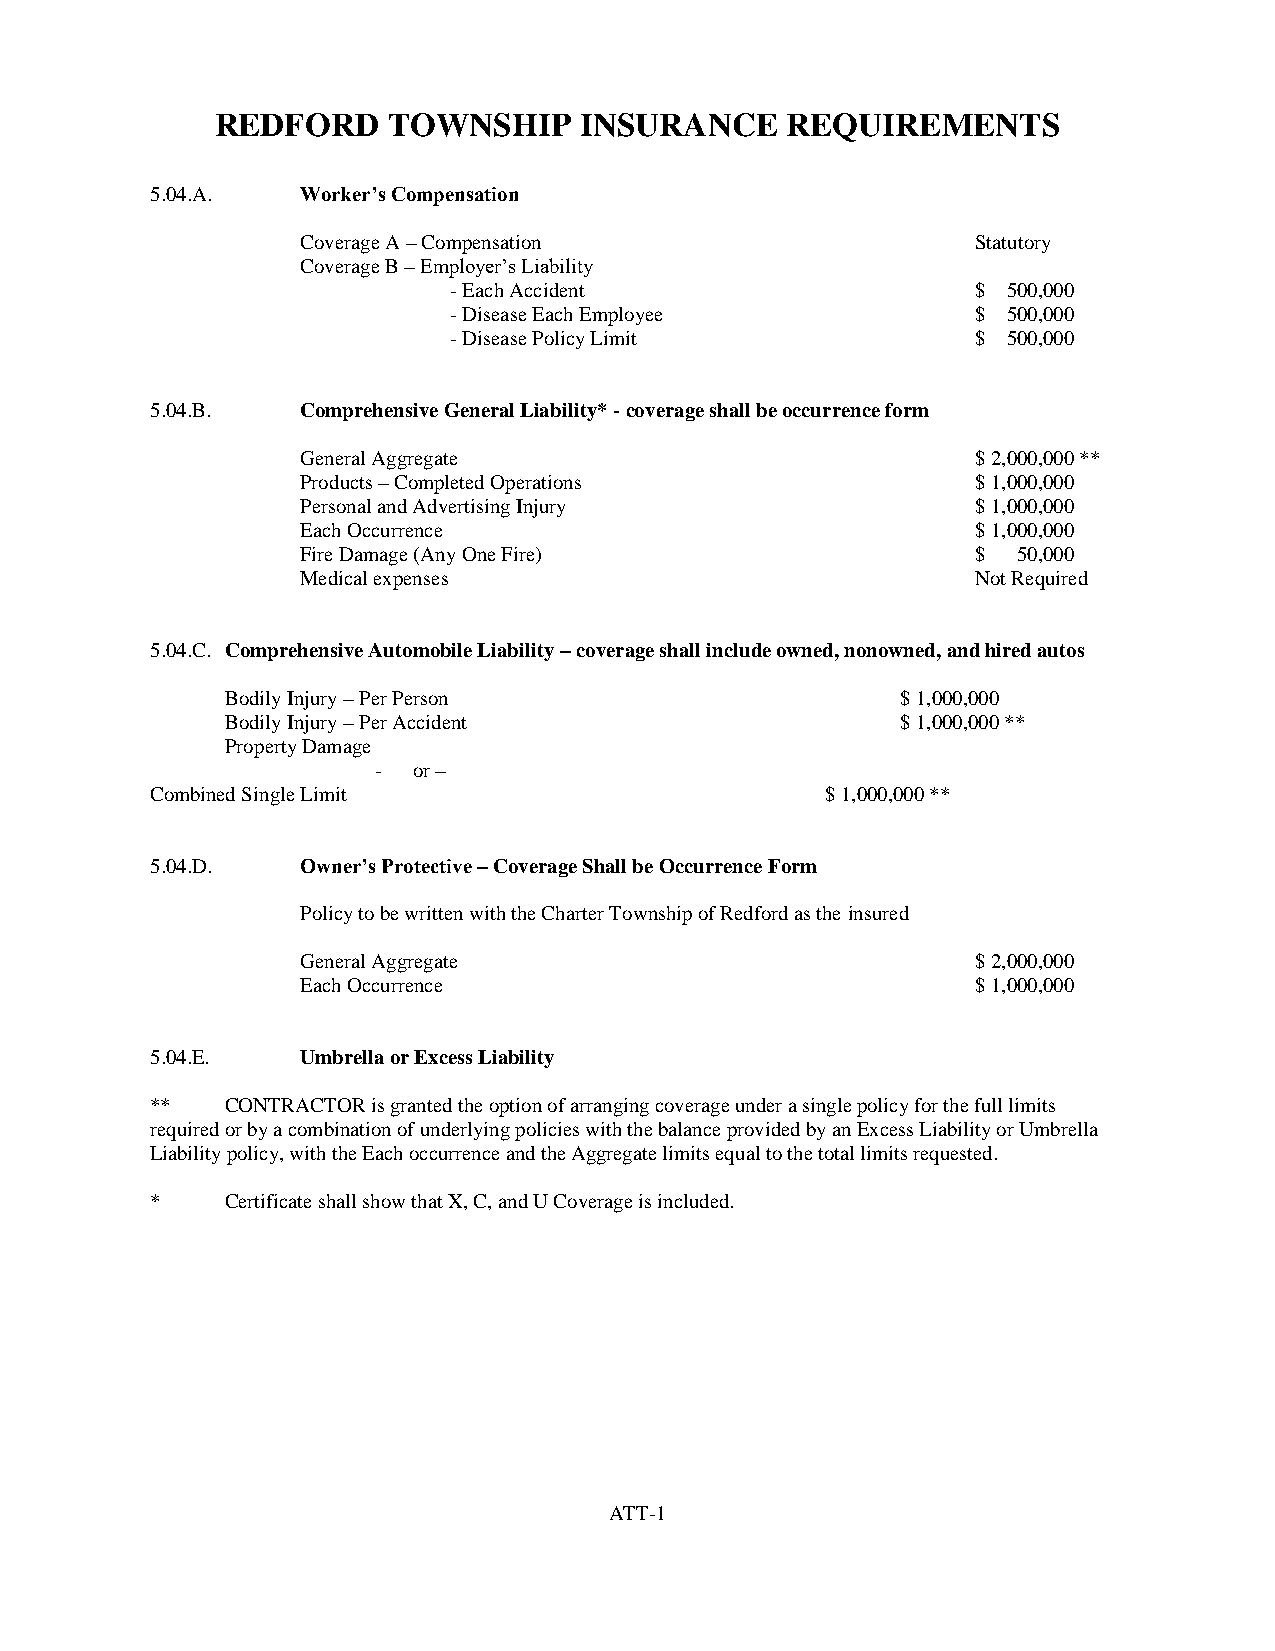
REDFORD     TOWNSHIP    INSURANCE     REQUIREMENTS
 5.04.A.   Worker’s Compensation
 Coverage A – Compensation                    Statutory
 Coverage B – Employer’s Liability
 - Each Accident                    $ 500,000
 - Disease Each Employee            $ 500,000
 - Disease Policy Limit             $ 500,000
 5.04.B.   Comprehensive General Liability* - coverage shall be occurrence form
 General Aggregate                            $ 2,000,000 **
 Products – Completed Operations              $ 1,000,000
 Personal and Advertising Injury              $ 1,000,000
 Each Occurrence                              $ 1,000,000
 Fire Damage (Any One Fire)                   $ 50,000
 Medical expenses                             Not Required
 5.04.C. Comprehensive Automobile Liability – coverage shall include owned, nonowned, and hired autos
 Bodily Injury – Per Person                   $ 1,000,000
 Bodily Injury – Per Accident                 $ 1,000,000 **
 Property Damage
 - or –
 Combined Single Limit                        $ 1,000,000 **
 5.04.D.   Owner’s Protective – Coverage Shall be Occurrence Form
 Policy to be written with the Charter Township of Redford as the insured
 General Aggregate                            $ 2,000,000
 Each Occurrence                              $ 1,000,000
 5.04.E.   Umbrella or Excess Liability
 **   CONTRACTOR is granted the option of arranging coverage under a single policy for the full limits
 required or by a combination of underlying policies with the balance provided by an Excess Liability or Umbrella
 Liability policy, with the Each occurrence and the Aggregate limits equal to the total limits requested.
 *    Certificate shall show that X, C, and U Coverage is included.
 ATT-1